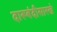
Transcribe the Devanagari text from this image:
दारूबंदीसारखे